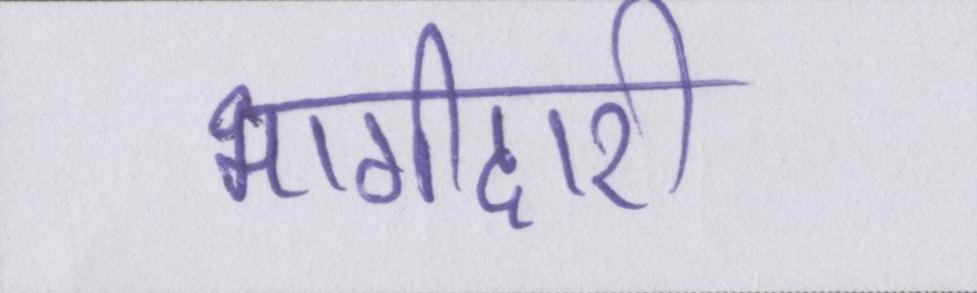
भागीदारी